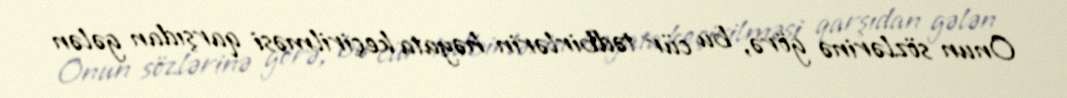
Onun sözlərinə görə, bu cür tədbirlərin həyata keçirilməsi qarşıdan gələn